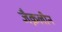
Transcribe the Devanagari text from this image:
जैक़लीन